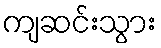
ကျဆင်းသွား